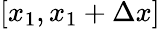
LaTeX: [x_{1},x_{1}+\Delta x]